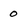
Character: 0